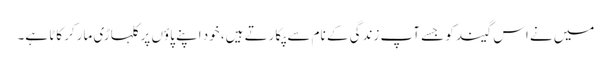
میں نے اس گیند کو جسے آپ زندگی کے نام سے پکارتے ہیں، خود اپنے پاؤں پر کلہاڑی مارکر کاٹا ہے۔